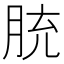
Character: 𦚳